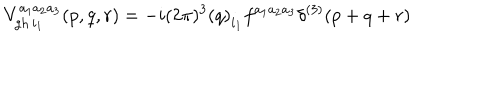
LaTeX: V _ { \mathrm { g h \thinspace } i _ { 1 } } ^ { a _ { 1 } a _ { 2 } a _ { 3 } } ( p , q , r ) = - i ( 2 \pi ) ^ { 3 } \left( q \right) _ { i _ { 1 } } f ^ { a _ { 1 } a _ { 2 } a _ { 3 } } \delta ^ { ( 3 ) } ( p + q + r )